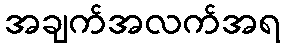
အချက်အလက်အရ